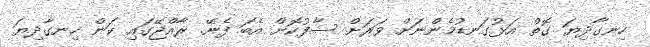
ހިނގާދިޔަ ގޮތް އަޅުގަނޑުމެންނަށް ވަރަށް ސާފުކޮށް އެބަ ފެނޭ. ރާއްޖޭގައި ކަން ހިނގާދިޔަ